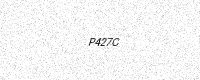
Text: P427C